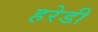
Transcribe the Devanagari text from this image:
हरेडी